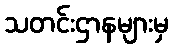
သတင်းဌာနများမှ